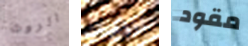
الروث المؤشرات مقود